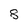
Character: 8